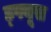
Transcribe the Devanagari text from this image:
ड्फ्यूस